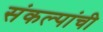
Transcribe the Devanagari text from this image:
संकल्पांची